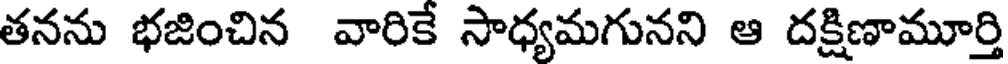
తనను భజించిన వారికే సాధ్యమగునని ఆ దక్షిణామూర్తి